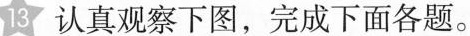
13 认真观察下图，完成下面各题。